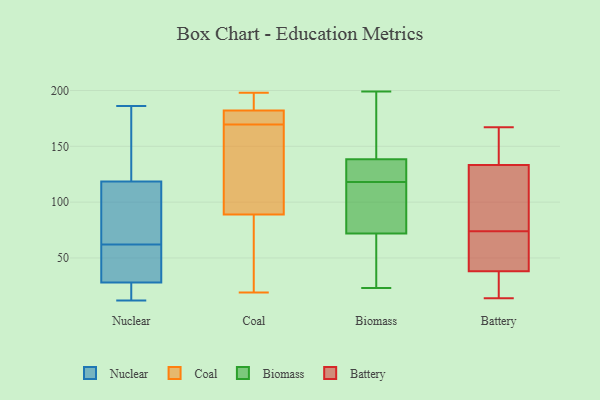
{"axis": {"x": "Demand Index", "y": "Value"}, "legend": ["Battery", "Biomass", "Coal", "Nuclear"], "data": [{"x": "", "y": 109, "type": "Nuclear"}, {"x": "", "y": 128, "type": "Nuclear"}, {"x": "", "y": 20, "type": "Nuclear"}, {"x": "", "y": 186, "type": "Nuclear"}, {"x": "", "y": 74, "type": "Nuclear"}, {"x": "", "y": 30, "type": "Nuclear"}, {"x": "", "y": 99, "type": "Nuclear"}, {"x": "", "y": 44, "type": "Nuclear"}, {"x": "", "y": 88, "type": "Nuclear"}, {"x": "", "y": 29, "type": "Nuclear"}, {"x": "", "y": 61, "type": "Nuclear"}, {"x": "", "y": 12, "type": "Nuclear"}, {"x": "", "y": 23, "type": "Nuclear"}, {"x": "", "y": 21, "type": "Nuclear"}, {"x": "", "y": 133, "type": "Nuclear"}, {"x": "", "y": 63, "type": "Nuclear"}, {"x": "", "y": 27, "type": "Nuclear"}, {"x": "", "y": 167, "type": "Nuclear"}, {"x": "", "y": 30, "type": "Nuclear"}, {"x": "", "y": 186, "type": "Nuclear"}, {"x": "", "y": 190, "type": "Coal"}, {"x": "", "y": 168, "type": "Coal"}, {"x": "", "y": 198, "type": "Coal"}, {"x": "", "y": 171, "type": "Coal"}, {"x": "", "y": 55, "type": "Coal"}, {"x": "", "y": 182, "type": "Coal"}, {"x": "", "y": 89, "type": "Coal"}, {"x": "", "y": 134, "type": "Coal"}, {"x": "", "y": 175, "type": "Coal"}, {"x": "", "y": 19, "type": "Coal"}, {"x": "", "y": 199, "type": "Biomass"}, {"x": "", "y": 143, "type": "Biomass"}, {"x": "", "y": 118, "type": "Biomass"}, {"x": "", "y": 63, "type": "Biomass"}, {"x": "", "y": 127, "type": "Biomass"}, {"x": "", "y": 139, "type": "Biomass"}, {"x": "", "y": 65, "type": "Biomass"}, {"x": "", "y": 109, "type": "Biomass"}, {"x": "", "y": 23, "type": "Biomass"}, {"x": "", "y": 93, "type": "Biomass"}, {"x": "", "y": 137, "type": "Biomass"}, {"x": "", "y": 25, "type": "Battery"}, {"x": "", "y": 26, "type": "Battery"}, {"x": "", "y": 165, "type": "Battery"}, {"x": "", "y": 167, "type": "Battery"}, {"x": "", "y": 42, "type": "Battery"}, {"x": "", "y": 164, "type": "Battery"}, {"x": "", "y": 123, "type": "Battery"}, {"x": "", "y": 120, "type": "Battery"}, {"x": "", "y": 104, "type": "Battery"}, {"x": "", "y": 14, "type": "Battery"}, {"x": "", "y": 74, "type": "Battery"}, {"x": "", "y": 54, "type": "Battery"}, {"x": "", "y": 44, "type": "Battery"}]}